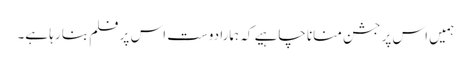
ہمیں اس پر جشن منانا چاہیے کہ ہمارا دوست اس پر فلم بنا رہا ہے۔